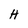
Character: H